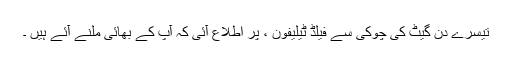
تیسرے دن گیٹ کی چوکی سے فیلڈ ٹیلیفون ، پر اطلاع آئی کہ آپ کے بھائی ملنے آئے ہیں ۔